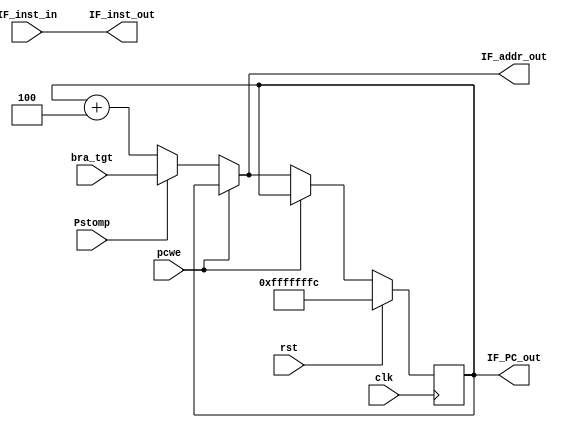
//`include "MIPS1000_defines.v"
module PPS_Fetch
(
  clk,
  rst,
  Pstomp,
  bra_tgt,
  
  // PC write enable
  pcwe,

  // Memory Interface
  IF_inst_in,
  IF_addr_out,
  IF_PC_out,

  IF_inst_out
);

input clk;
input rst;
input Pstomp;
input [31:0] bra_tgt;
input pcwe;

// Host Path
//output [31:0] HS_PC;

// Instruction 
output [31:0] IF_inst_out;

// Memory Interface
input [31:0] IF_inst_in;

// Instruction address
output [31:0] IF_addr_out;

// PC output
output [31:0] IF_PC_out;

// Output of PC plus 4 adder
wire [31:0] PC_plus4;

// PC register input
wire [31:0] PC_sel;

// PC register write enable
wire IF_PCWrite;

// PC register
reg [31:0] PC;

// Host path
//assign HS_PC = PC_sel;

// A simple dedicated adder
assign PC_plus4 = PC + 32'd4;

// 
assign IF_PCWrite = ~pcwe;

// PC select
assign PC_sel = pcwe ? PC : Pstomp ? bra_tgt : PC_plus4;
//assign PC_sel = pcwe ? PC : Pstomp ? 32'h7c : PC_plus4;

// PC output/instruction address
// PC register out -> ARAM
// PC MUX sel  out -> SRAM
assign IF_addr_out = PC_sel;

// PC output
assign IF_PC_out = PC;

// 
assign IF_inst_out = IF_inst_in;

always @ (posedge clk)
begin
  if (rst)
    PC <= 32'hFFFF_FFFC;  
  else if (IF_PCWrite)
    PC <= PC_sel;
end

endmodule